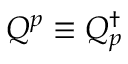
Q ^ { p } \equiv Q _ { p } ^ { \dagger }